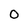
Character: 0